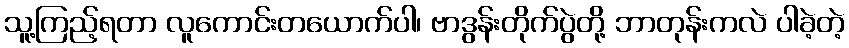
သူ့ကြည့်ရတာ လူကောင်းတယောက်ပါ၊ ဗာဒွန်းတိုက်ပွဲတို့ ဘာတုန်းကလဲ ပါခဲ့တဲ့